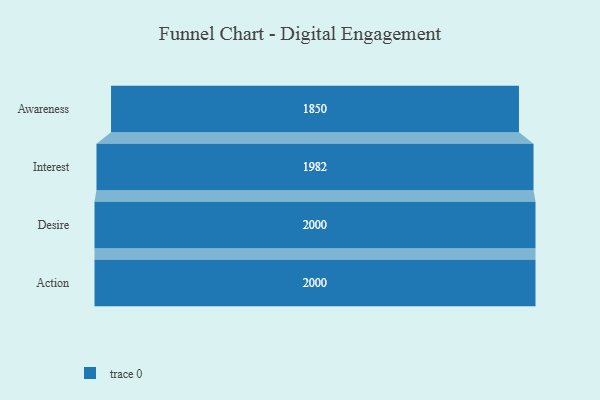
{"axis": {"x": "Stage", "y": "Value"}, "legend": [""], "data": [{"x": "Awareness", "y": 1850.0, "type": ""}, {"x": "Interest", "y": 1982.0, "type": ""}, {"x": "Desire", "y": 2000, "type": ""}, {"x": "Action", "y": 2000, "type": ""}]}